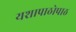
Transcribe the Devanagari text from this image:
यशापाठोपाठ